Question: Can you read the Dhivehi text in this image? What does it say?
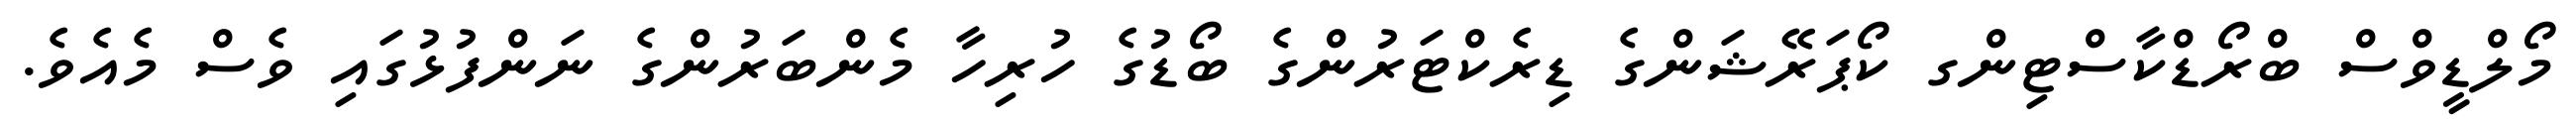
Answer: މޯލްޑީވްސް ބްރޯޑްކާސްޓިންގ ކޯޕަރޭޝަންގެ ޑިރެކްޓަރުންގެ ބޯޑުގެ ހުރިހާ މެންބަރުންގެ ނަންފުޅުގައި ވެސް މެއެވެ.